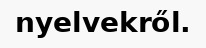
nyelvekről.